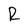
Character: R